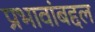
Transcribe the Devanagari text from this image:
प्रभावांबद्दल